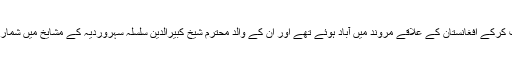
حضرت شیخ عثمان مروندی المعروف لال شہباز قلندر کے آباؤ اجداد بغداد سے ہجرت کرکے افغانستان کے علاقے مروند میں آباد ہوئے تھے اور ان کے والد محترم شیخ کبیرالدین سلسلہ سہروردیہ کے مشایخ میں شمار ہوتے تھے خود حضرت شیخ عثمان مروندی بھی سلسلہ سہروردیہ سے وابستہ تھے۔